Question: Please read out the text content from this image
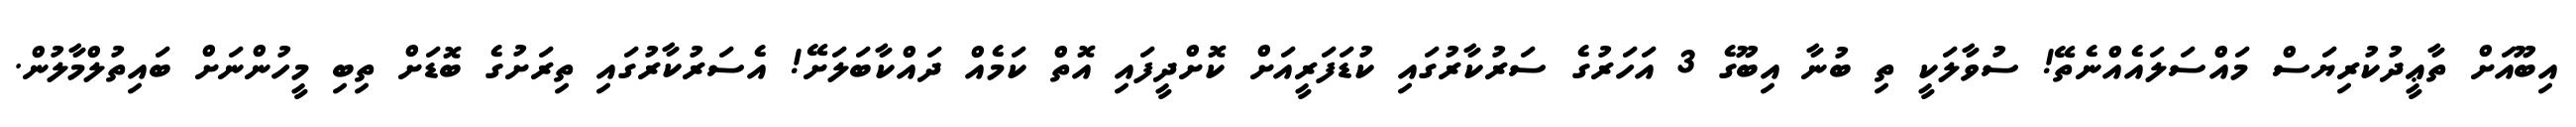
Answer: އިބޫއަށް ތާޢީދުކުރިޔަސް މައްސަލައެއްނެތޭ! ސުވާލަކީ ތި ބުނާ އިބޫގެ 3 އަހަރުގެ ސަރުކާރުގައި ކުޑަފަރީއަށް ކޮށްދީފައި އޮތް ކަމެއް ދައްކާބަލަށޭ! އެސަރުކާރުގައި ތިރަށުގެ ބޮޑަށް ތިބި މީހުންނަށް ބައިތުލްމާލުން.